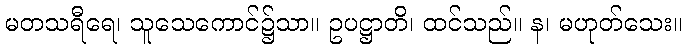
မတသရီရေ၊ သူသေကောင်၌သာ။ ဥပဋ္ဌာတိ၊ ထင်သည်။ န၊ မဟုတ်သေး။